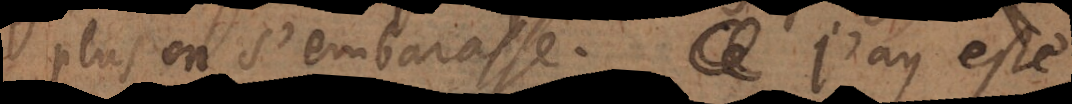
plus on s’embarrasse. J’ay esté